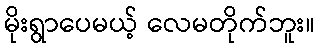
မိုးရွာပေမယ့် လေမတိုက်ဘူး။